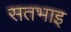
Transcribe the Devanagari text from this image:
सतभाइ